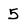
Character: 5